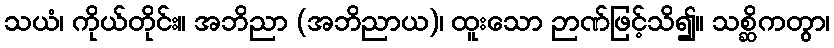
သယံ၊ ကိုယ်တိုင်း။ အဘိညာ (အဘိညာယ)၊ ထူးသော ဉာဏ်ဖြင့်သိ၍။ သစ္ဆိကတွာ၊